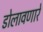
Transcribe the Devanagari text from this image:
डोलावणारे